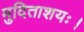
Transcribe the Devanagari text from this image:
मुदिताशयः।